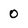
Character: 0